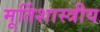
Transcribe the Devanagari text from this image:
मूर्तिशास्त्रीय